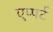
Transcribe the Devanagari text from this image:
एप्पर्ट